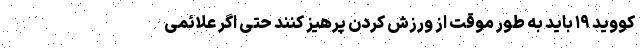
کووید ۱۹ باید به طور موقت از ورزش کردن پرهیز کنند حتی اگر علائمی